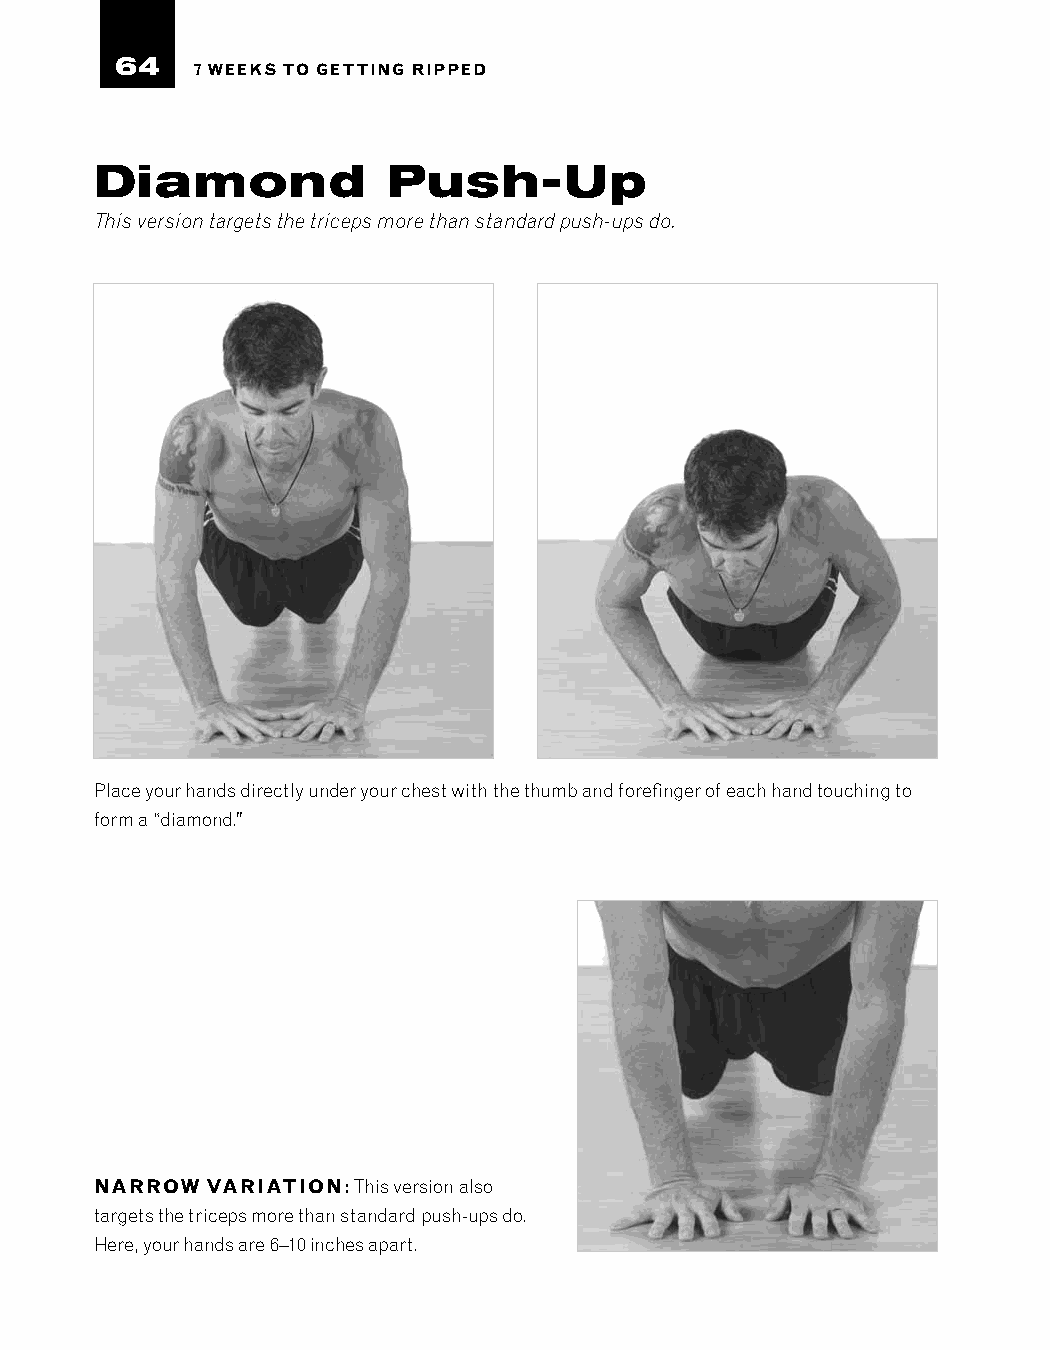
64
 7 WEEKS TO GETTING RIPPED
 Diamond             Push-Up
 This version targets the triceps more than standard push-ups do.
 Place your hands directly under your chest with the thumb and forefinger of each hand touching to
 form a “diamond.”
 NARROW  VARIATION: This version also
 targets the triceps more than standard push-ups do.
 Here, your hands are 6–10 inches apart.